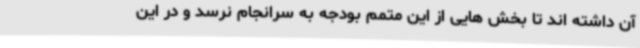
آن داشته اند تا بخش هایی از این متمم بودجه به سرانجام نرسد و در این